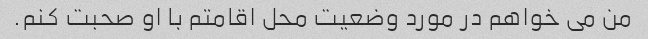
من می خواهم در مورد وضعیت محل اقامتم با او صحبت کنم.